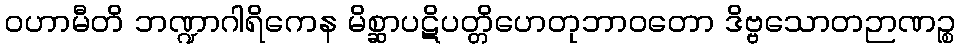
ဝဟာမီတိ ဘဏ္ဍာဂါရိကေန မိစ္ဆာပဋိပတ္တိဟေတုဘာဝတော ဒိဗ္ဗသောတဉာဏဉ္စ